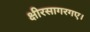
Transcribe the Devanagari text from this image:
क्षीरसागरगए।